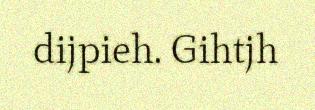
dijpieh. Gihtjh